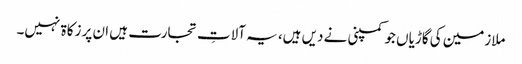
ملازمین کی گاڑیاں جو کمپنی نے دیں ہیں، یہ آلاتِ تجارت ہیں ان پر زکاۃ نہیں۔